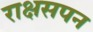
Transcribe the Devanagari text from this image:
राक्षसपन